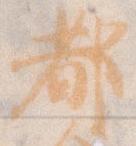
都